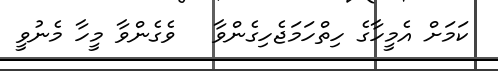
ކަމަށް އެމީހާގެ ހިތްހަމަޖެހިގެންވާ   ވެގެންވާ މީހާ މެނުވީ